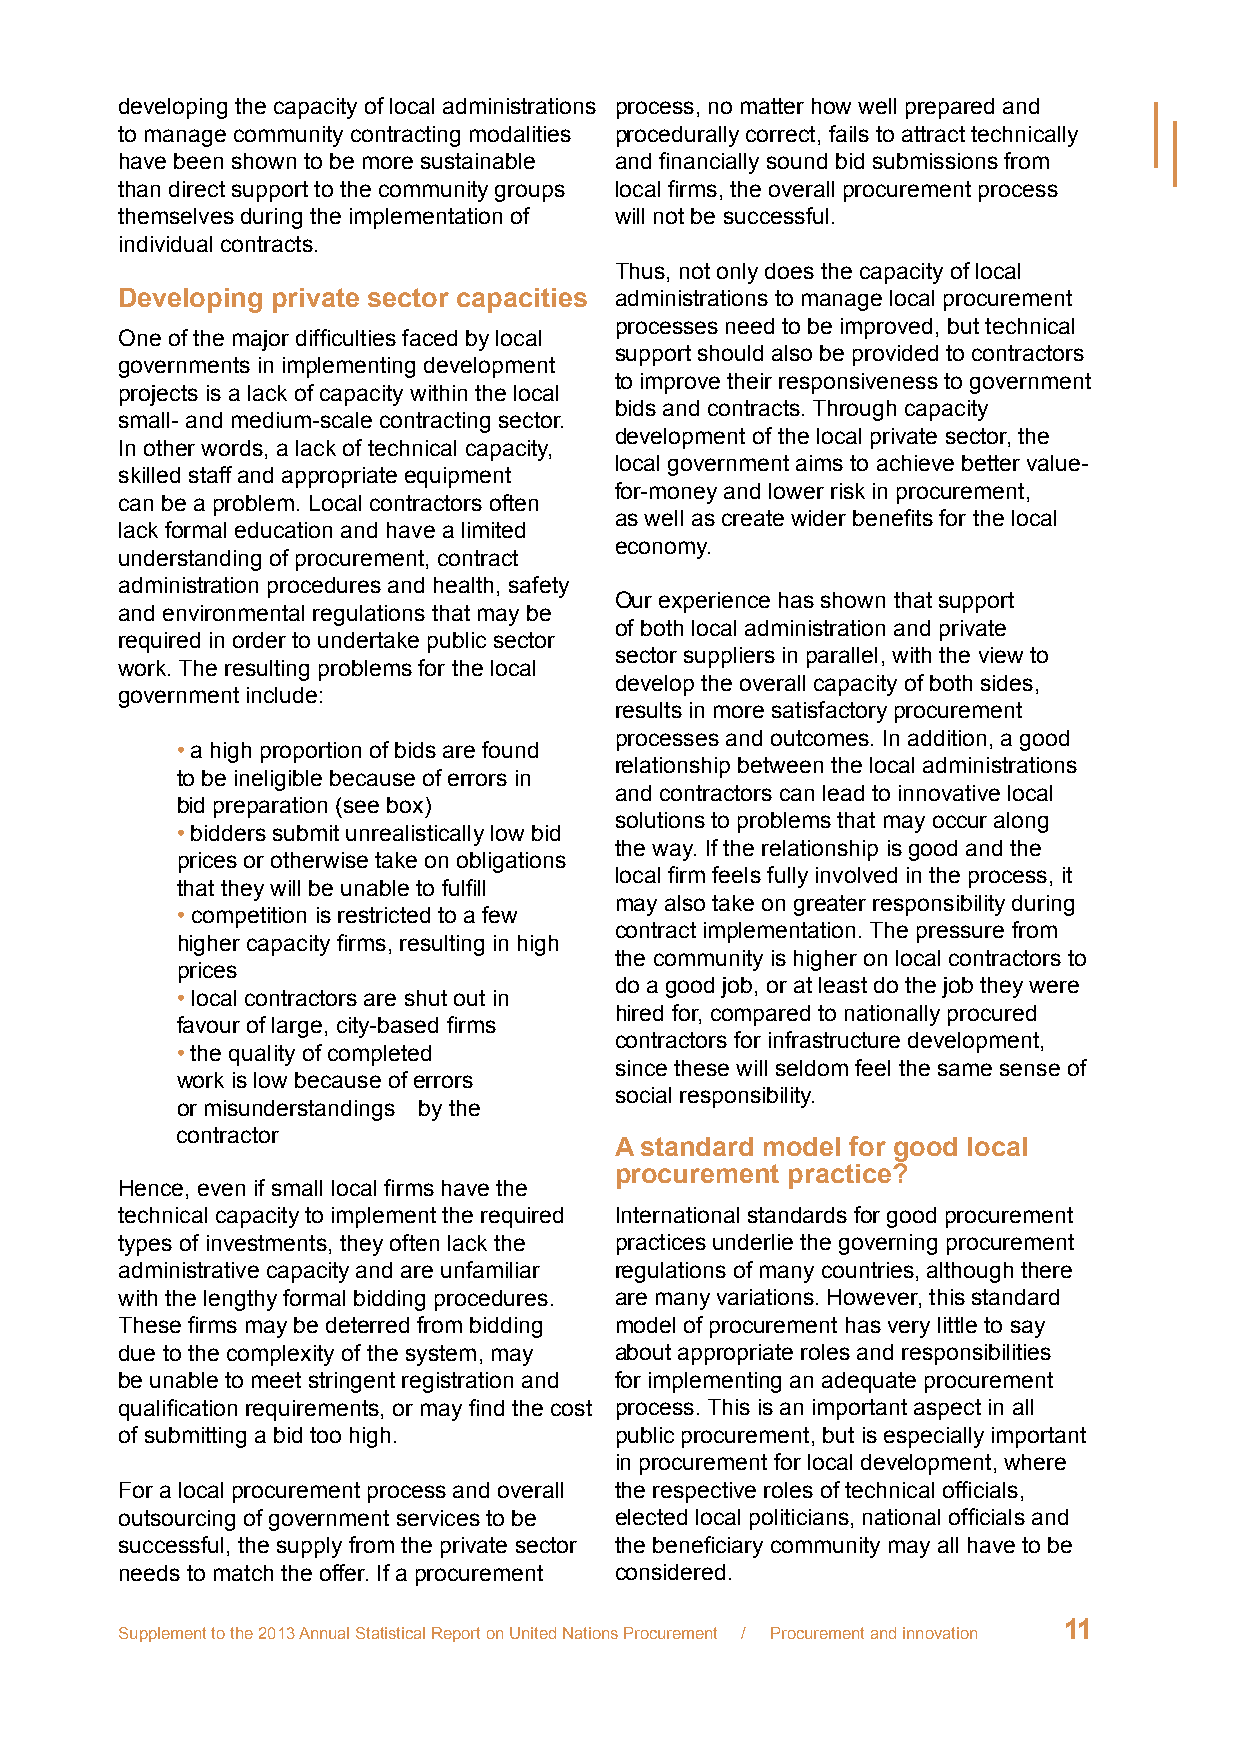
developing the capacity of local administrations process, no matter how well prepared and
 to manage community contracting modalities procedurally correct, fails to attract technically
 have been shown to be more sustainable and financially sound bid submissions from
 than direct support to the community groups local firms, the overall procurement process
 themselves during the implementation of will not be successful.
 individual contracts.
 Thus, not only does the capacity of local
 Developing private sector capacities administrations to manage local procurement
 processes need to be improved, but technical
 One of the major difficulties faced by local
 support should also be provided to contractors
 governments in implementing development
 to improve their responsiveness to government
 projects is a lack of capacity within the local
 bids and contracts. Through capacity
 small- and medium-scale contracting sector.
 development of the local private sector, the
 In other words, a lack of technical capacity,
 local government aims to achieve better value-
 skilled staff and appropriate equipment
 for-money and lower risk in procurement,
 can be a problem. Local contractors often
 as well as create wider benefits for the local
 lack formal education and have a limited
 economy.
 understanding of procurement, contract
 administration procedures and health, safety
 Our experience has shown that support
 and environmental regulations that may be
 of both local administration and private
 required in order to undertake public sector
 sector suppliers in parallel, with the view to
 work. The resulting problems for the local
 develop the overall capacity of both sides,
 government include:
 results in more satisfactory procurement
 processes and outcomes. In addition, a good
 • a high proportion of bids are found
 relationship between the local administrations
 to be ineligible because of errors in
 and contractors can lead to innovative local
 bid preparation (see box)
 solutions to problems that may occur along
 • bidders submit unrealistically low bid
 the way. If the relationship is good and the
 prices or otherwise take on obligations
 local firm feels fully involved in the process, it
 that they will be unable to fulfill
 may also take on greater responsibility during
 • competition is restricted to a few
 contract implementation. The pressure from
 higher capacity firms, resulting in high
 the community is higher on local contractors to
 prices
 do a good job, or at least do the job they were
 • local contractors are shut out in
 hired for, compared to nationally procured
 favour of large, city-based firms
 contractors for infrastructure development,
 • the quality of completed
 since these will seldom feel the same sense of
 work is low because of errors
 social responsibility.
 or misunderstandings by the
 contractor
 A standard model for good local
 procurement practice?
 Hence, even if small local firms have the
 technical capacity to implement the required International standards for good procurement
 types of investments, they often lack the practices underlie the governing procurement
 administrative capacity and are unfamiliar regulations of many countries, although there
 with the lengthy formal bidding procedures. are many variations. However, this standard
 These firms may be deterred from bidding model of procurement has very little to say
 due to the complexity of the system, may about appropriate roles and responsibilities
 be unable to meet stringent registration and for implementing an adequate procurement
 qualification requirements, or may find the cost process. This is an important aspect in all
 of submitting a bid too high.    public procurement, but is especially important
 in procurement for local development, where
 For a local procurement process and overall the respective roles of technical officials,
 outsourcing of government services to be elected local politicians, national officials and
 successful, the supply from the private sector the beneficiary community may all have to be
 needs to match the offer. If a procurement considered.
 11
 Supplement to the 2013 Annual Statistical Report on United Nations Procurement / Procurement and innovation